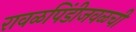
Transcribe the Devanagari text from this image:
रावळपिंडीजवळची